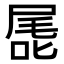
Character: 𭉖